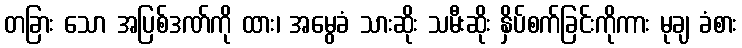
တခြား သော အပြစ်ဒဏ်ကို ထား၊ အမွေခံ သားဆိုး သမီးဆိုး နှိပ်စက်ခြင်းကိုကား မုချ ခံစား